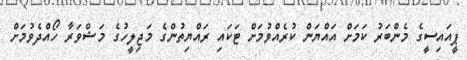
ޕީއައިސީގެ މެންބަރު ކަމަށް އައްޔަން ކުރެއްވުމަށް ޓަކައި ރައްޔިތުންގެ މަޖިލީހުގެ މަޝްވަރާ ހޯއްދެވުމަށް